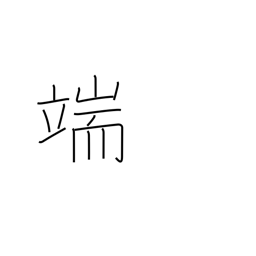
Meaning: point